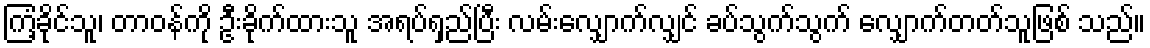
ကြံ့ခိုင်သူ၊ တာဝန်ကို ဦးခိုက်ထားသူ အရပ်ရှည်ပြီး လမ်းလျှောက်လျှင် ခပ်သွက်သွက် လျှောက်တတ်သူဖြစ် သည်။